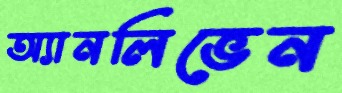
অ্যানলিভেন